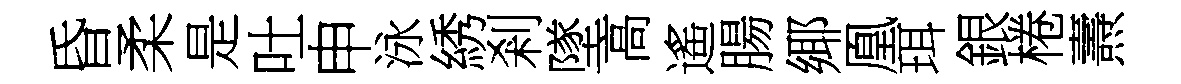
昏柔是吐申泳綉剎墜高遙腸鄊凰珥銀棬燾